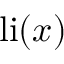
\operatorname { l i } ( x )